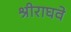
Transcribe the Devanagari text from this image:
श्रीराघवे